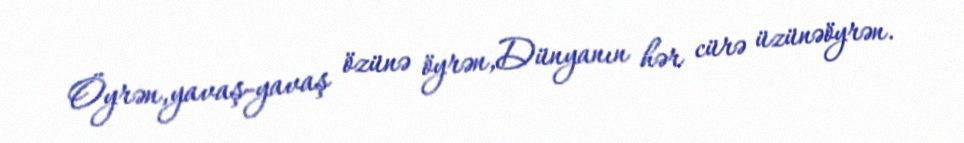
Öyrən,yavaş-yavaş özünə öyrən,Dünyanın hər cürə üzünəöyrən.